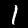
Label: 1